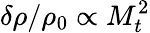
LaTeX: \delta\rho/\rho_{0}\propto M_{t}^{2}